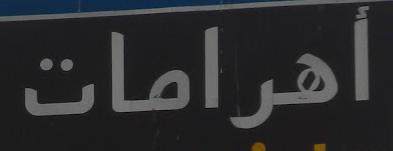
أهرامات